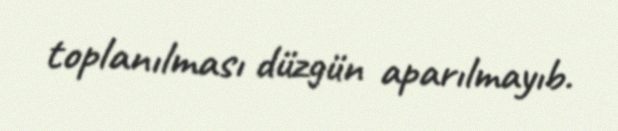
toplanılması düzgün aparılmayıb.